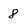
Character: 8